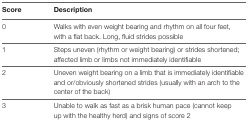
<table><thead><tr><td><b>Score</b></td><td><b>Description</b></td></tr></thead><tbody><tr><td>0</td><td>Walks with even weight bearing and rhythm on all four feet, with a flat back. Long, fluid strides possible</td></tr><tr><td>1</td><td>Steps uneven (rhythm or weight bearing) or strides shortened; affected limb or limbs not immediately identifiable</td></tr><tr><td>2</td><td>Uneven weight bearing on a limb that is immediately identifiable and or/obviously shortened strides (usually with an arch to the center of the back)</td></tr><tr><td>3</td><td>Unable to walk as fast as a brisk human pace (cannot keep up with the healthy herd) and signs of score 2</td></tr></tbody></table>